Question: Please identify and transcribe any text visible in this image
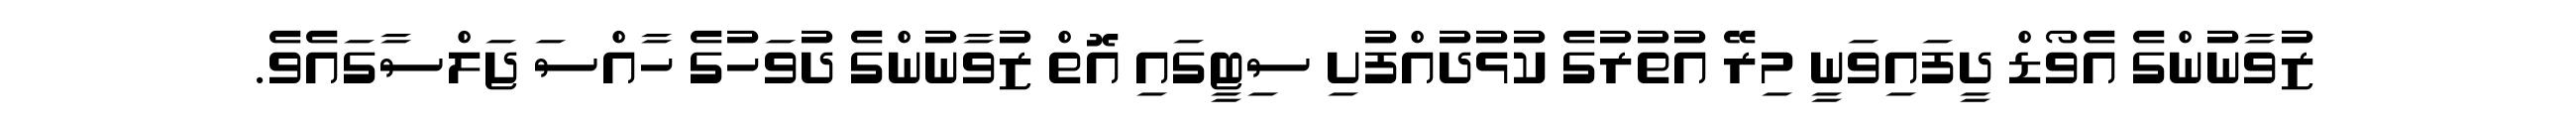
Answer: ޒުވާނުންގެ އެވޯޑް ދީފައިވަނީ މިރޭ އުތުރުގެ ކުޅުދުއްފުށި ސިޓީގައި އޮތް ޒުވާނުންގެ ދުވަހުގެ ހާއްސަ ޖަލްސާގައެވެ.